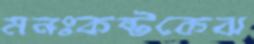
মনঃকষ্টকেঝ